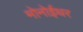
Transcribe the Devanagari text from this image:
मोनोईथर